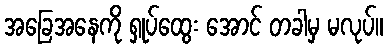
အခြေအနေကို ရှုပ်ထွေး အောင် တခါမှ မလုပ်။